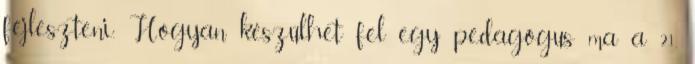
fejleszteni. Hogyan készülhet fel egy pedagógus ma a 21.